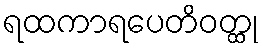
ရထကာရပေတိဝတ္ထု